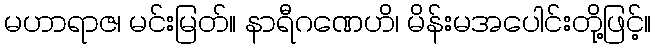
မဟာရာဇ၊ မင်းမြတ်။ နာရီဂဏေဟိ၊ မိန်းမအပေါင်းတို့ဖြင့်။